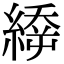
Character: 𦃉